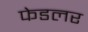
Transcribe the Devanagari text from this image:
फेडलर